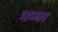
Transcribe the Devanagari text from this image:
भभ्भर